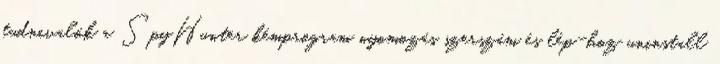
tudnivalók a SpyHunter kémprogram nyomozás szerszám és lép-hoz uninstall